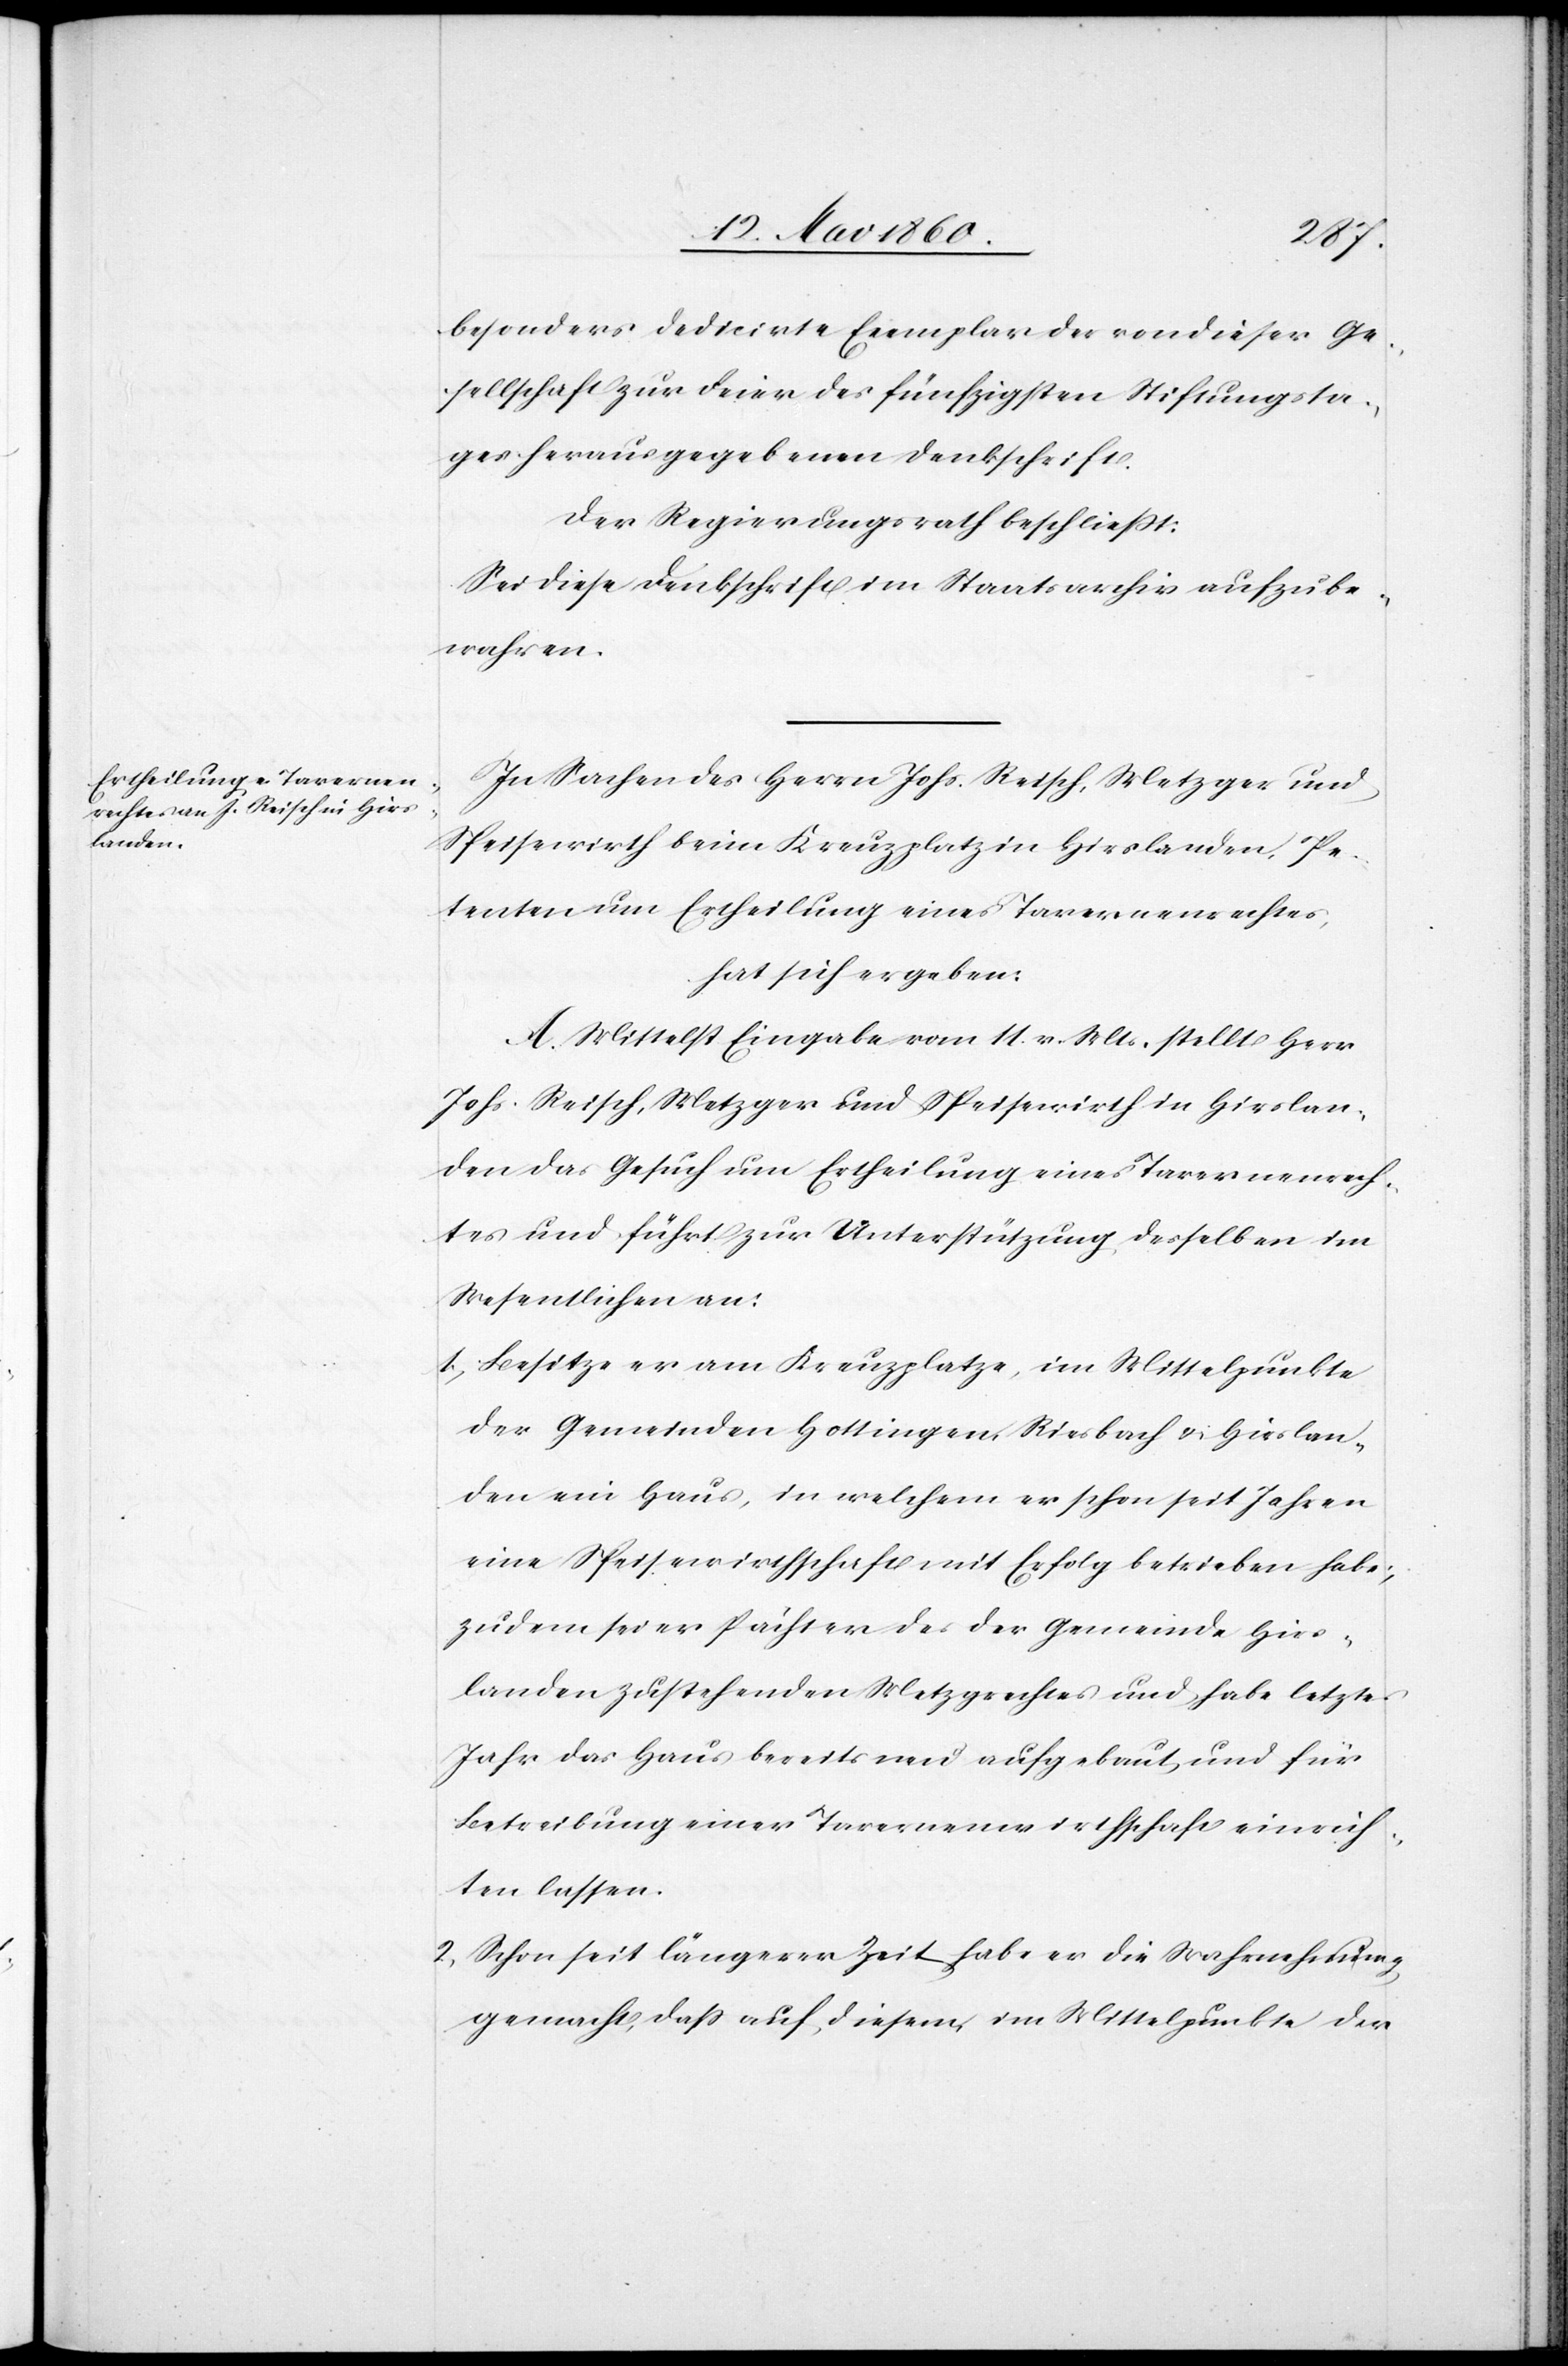
besonders dedicirte Exemplar der von dieser Ge¬
sellschaft zur Feier des fünfzigsten Stiftungsta¬
ges herausgegebenen Denkschrift.
Der Regierungsrath beschliesst.
Sei diese Denkschrift im Staatsarchiv aufzube¬
wahren.
In Sachen des Herrn Johs. Reisch, Metzger und
Speisewirth beim Kreuzplatz in Hirslanden, Pe¬
tenten um Ertheilung eines Tavernenrechtes,
hat sich ergeben:
A. Mittelst Eingabe vom 11. v. Mts. stellt Herr
Johs. Reisch, Metzger und Speisewirth in Hirslan¬
den das Gesuch um Ertheilung eines Tavernenrech¬
tes und führt zur Unterstützung desselben im
Wesentlichen an:
1. Besitze er am Kreuzplatze, im Mittelpunkte
der Gemeinden Hottingen, Riesbach u. Hirslan¬
den ein Haus, in welchem er schon seit Jahren
eine Speisewirthschaft mit Erfolg betrieben habe;
zudem sei er Pächter des der Gemeinde Hirs¬
landen zustehenden Metzgrechtes und habe letztes
Jahr das Haus bereits neu aufgebaut, und für
Betreibung einer Tavernenwirthschaft einrich¬
ten lassen.
2. Schon seit längerer Zeit habe er die Wahrnehmung
gemacht, dass auf diesem, im Mittelpunkte der